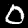
Label: 0